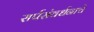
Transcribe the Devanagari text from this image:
सर्पसंवर्धनाचे